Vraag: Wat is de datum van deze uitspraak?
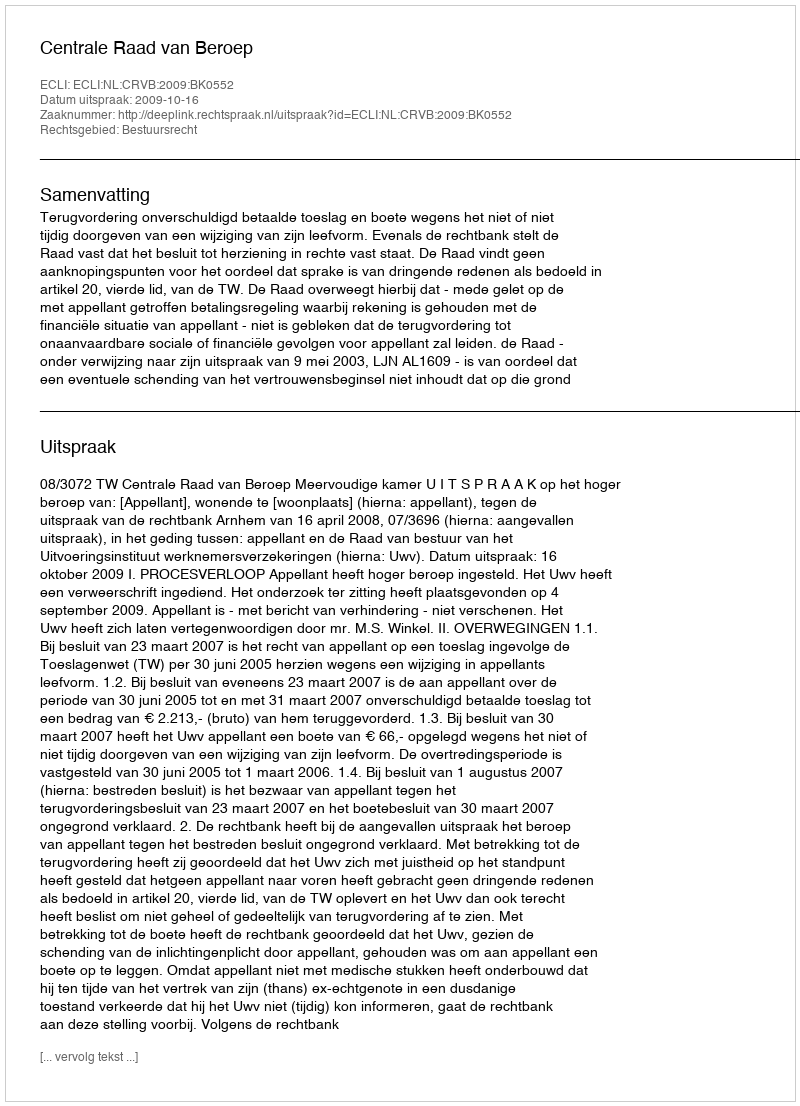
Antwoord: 2009-10-16